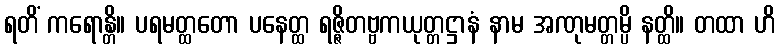
ရတိံ ကရောန္တိ။ ပရမတ္ထတော ပနေတ္ထ ရဇ္ဇိတဗ္ဗကယုတ္တဋ္ဌာနံ နာမ အဏုမတ္တမ္ပိ နတ္ထိ။ တထာ ဟိ